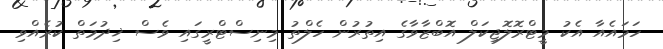
ހަމައެއާ އެކު މީޓްރޮލޮޖިކަލް އޮބްޒާވާގެ އިތުރުން ހެލްތު މިނިސްޓްރީގައި ވެސް ޚިދުމަތް ކުރެއްވި